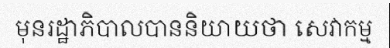
មុនរដ្ឋាភិបាលបាននិយាយថា សេវាកម្ម